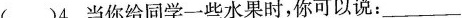
()4.当你给同学一些水果时，你可以说：___